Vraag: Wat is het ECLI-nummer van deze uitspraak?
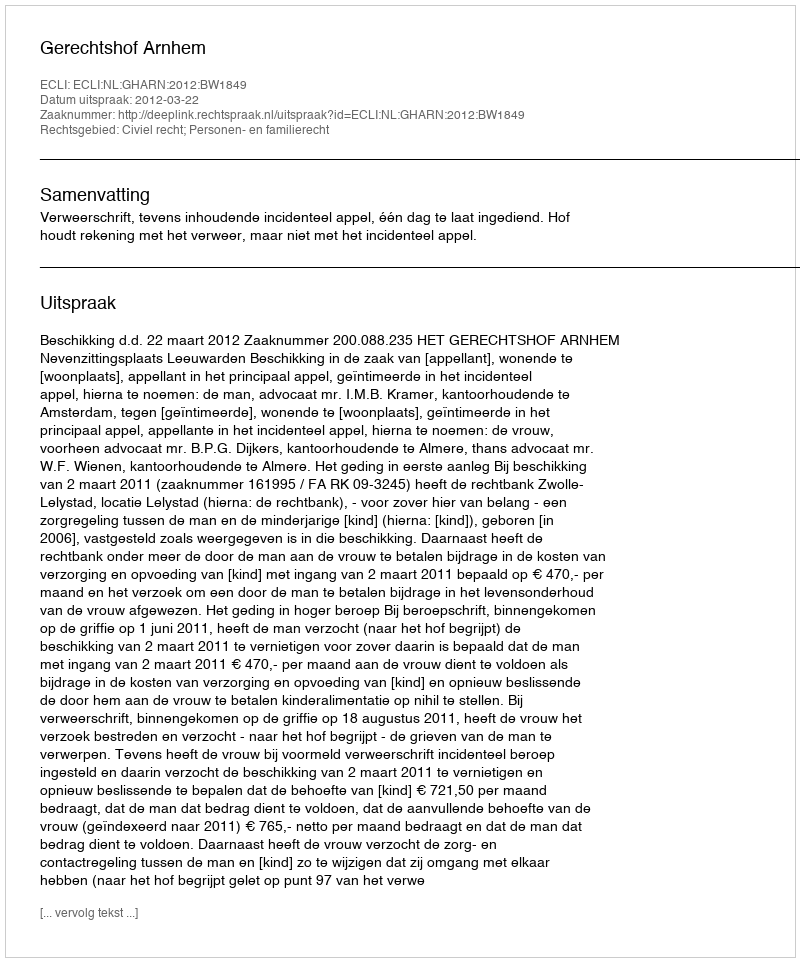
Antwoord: ECLI:NL:GHARN:2012:BW1849